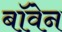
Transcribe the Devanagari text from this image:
बॉवेन